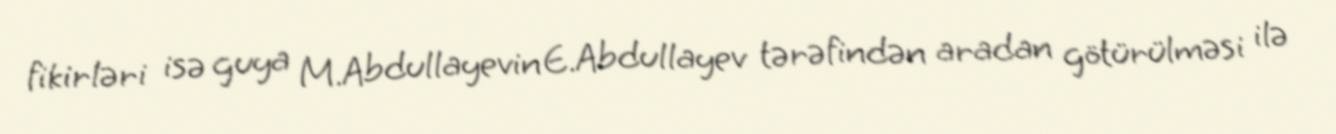
fikirləri isə guya M.Abdullayevin E.Abdullayev tərəfindən aradan götürülməsi ilə